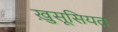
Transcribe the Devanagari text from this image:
ख़ुसूसियत